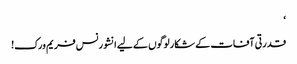
‘
قدرتی آفات کے شکار لوگوں کے لیے انشورنس فریم ورک!